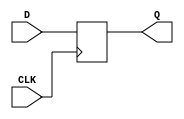
module DFF_delay (
    input wire D, // Data Input
    input wire CLK, // Clock Input
    output reg Q // Output
);

always @(posedge CLK) begin 
    Q <= D; // Store input data on rising edge of clock
end

endmodule